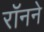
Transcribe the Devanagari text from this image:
रॉनने